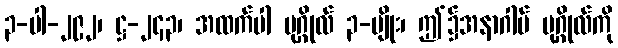
၃-ပါ-၂၉၂၊ ဋ္ဌ-၂၄၃၊ အထက်ပါ ပုဂ္ဂိုလ် ၃-မျိုး၊ ဤ၌အနာဂါမ် ပုဂ္ဂိုလ်ကို